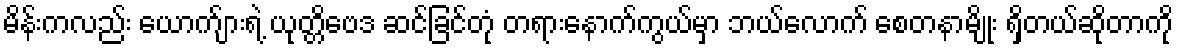
မိန်းကလည်း ယောက်ျားရဲ့ ယုတ္တိဗေဒ ဆင်ခြင်တုံ တရားနောက်ကွယ်မှာ ဘယ်လောက် စေတနာမျိုး ရှိတယ်ဆိုတာကို